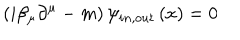
LaTeX: \left( i \beta _ { \mu } \partial ^ { \mu } - m \right) \psi _ { i n , o u t } \left( x \right) = 0